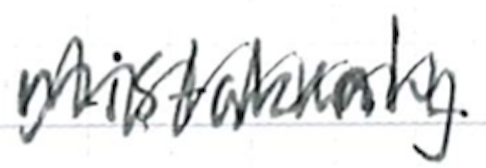
Text: mistakenly
Cross-out: zig-zag
Writing tool: ballpoint